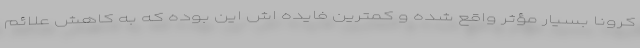
کرونا بسیار مؤثر واقع شده و کمترین فایده اش این بوده که به کاهش علائم